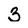
Character: 3